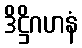
ဒိဋ္ဌိဂဟနံ